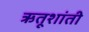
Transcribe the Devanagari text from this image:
ऋतूशांती